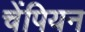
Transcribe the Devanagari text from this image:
चेंपियन